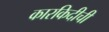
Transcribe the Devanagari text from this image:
कारकिदीची